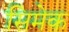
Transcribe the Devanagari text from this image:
सिमेक